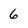
Character: 6